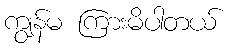
ကျွန်မ ကြားမိပါတယ်